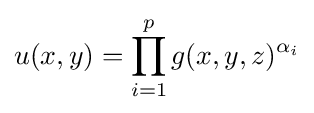
u(x,y)=\prod _{i=1}^{p}{g(x,y,z)^{\alpha _{i}}}